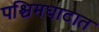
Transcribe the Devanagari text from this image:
पश्चिमघाटात